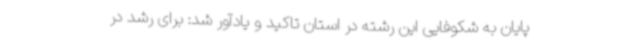
پایان به شکوفایی این رشته در استان تاکید و یادآور شد: برای رشد در